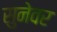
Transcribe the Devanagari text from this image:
सुनेवर